Calcutta medical institutions reports 1879-81 [i.e.91]
Year: 1879
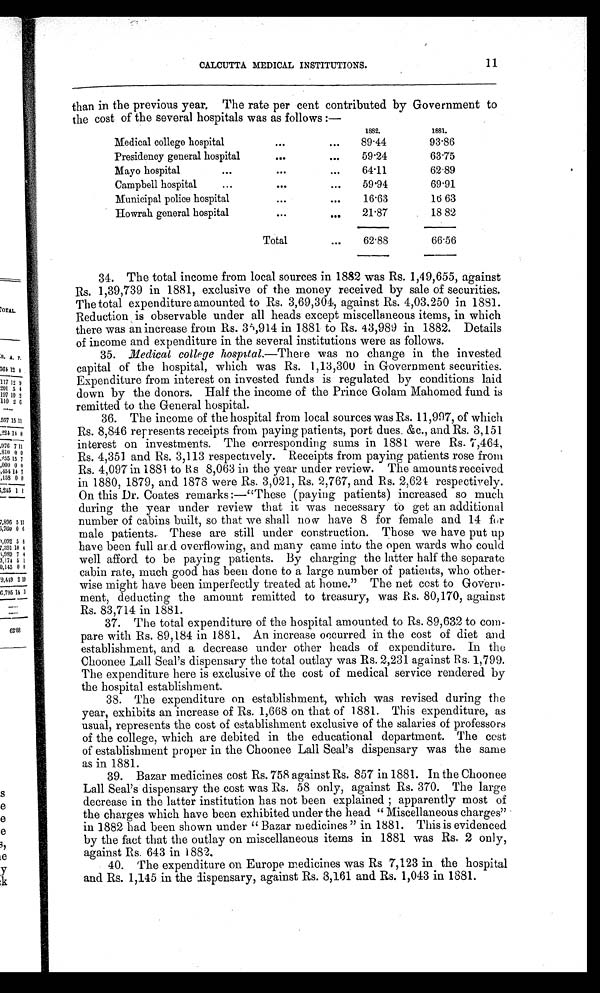
CALCUTTA MEDICAL INSTITUTIONS.
11
than in the previous year. The rate per cent contributed by Government to
the cost of the several hospitals was as follows :—
1882.
1881.
Medical college hospital
89.44
93.86
Presidency general hospital
59.24
63.75
Mayo hospital
64.11
62.89
Campbell hospital
59.94
69.91
Municipal police hospital
16.63
16 63
Howrah general hospital
21.87
18 82
Total
62.88
66.56
34. The total income from local sources in 1882 was Rs. 1,49,655, against
Rs. 1,39,739 in 1881, exclusive of the money received by sale of securities.
The total expenditure amounted to Rs. 3,69,304, against Rs. 4,03,250 in 1881.
Reduction is observable under all heads except miscellaneous items, in which
there was an increase from Rs. 36,914 in 1881 to Rs. 43,989 in 1882. Details
of income and expenditure in the several institutions were as follows.
35.
Medical college hospital.—There was no change in the invested
capital of the hospital, which was Rs. 1,13,300 in Government securities.
Expenditure from interest on invested funds is regulated by conditions laid
down by the donors. Half the income of the Prince Golam Mahomed fund is
remitted to the General hospital.
36. The income of the hospital from local sources was Rs. 11,997, of which
Rs. 8,846 represents receipts from paying patients, port dues, &c., and Rs. 3,151
interest on investments. The corresponding sums in 1881 were Rs. 7,464,
Rs. 4,351 and Rs. 3,113 respectively. Receipts from paying patients rose from
Rs. 4, 097 i n 1881 t o Rs 8, 063 i n t he year under revi ew. The amount s recei ved
in 1880, 1879, and 1878 were Rs. 3,021, Rs. 2,767, and Rs. 2,624 respectively.
On this Dr. Coates remarks :—"These (paying patients) increased so much
during the year under review that it was necessary to get an additional
number of cabins built, so that we shall now have 8 for female and 14 for
male patients. These are still under construction. Those we have put up
have been full and overflowing, and many came into the open wards who could
well afford to be paying patients. By charging the latter half the separate
cabin rate, much good has been done to a large number of patients, who other--
wise might have been imperfectly treated at home." The net cost to Govern-
ment, deducting the amount remitted to treasury, was Rs. 80,170, against
Rs. 83,714 in 1881.
37.
The total expenditure of the hospital amounted to Rs. 89,632 to com-
pare with Rs. 89,184 in 1881. An increase occurred in the cost of diet and
establishment, and a decrease under other heads of expenditure. In the
Choonee Lall Seal's dispensary the total outlay was Rs. 2,231 against Rs. 1,799.
The expenditure here is exclusive of the cost of medical service rendered by
the hospital establishment.
38. The expenditure on establishment, which was revised during the
year, exhibits an increase of Rs. 1,668 on that of 1881. This expenditure, as
usual, represents the cost of establishment exclusive of the salaries of professors
of the college, which are debited in the educational department. The cost
of establishment proper in the Choonee Lall Seal's dispensary was the same
as in 1881.
39.
Bazar medicines cost Rs. 758 against Rs. 857 in 1881. In the Choonee
Lall Seal's dispensary the cost was Rs. 58 only, against Rs. 370. The large
decrease in the latter institution has not been explained; apparently most of
the charges which have been exhibited under the head " Miscellaneous charges"
in 1882 had been shown under " Bazar medicines " in 1881. This is evidenced
by the fact that the outlay on miscellaneous items in 1881 was Rs. 2 only,
against Rs. 643 in 1882.
40. The expenditure on Europe medicines was Rs 7,123 in the hospital
and Rs. 1,145 in the dispensary, against Rs. 8,161 and. Rs. 1,043 in 1881.